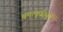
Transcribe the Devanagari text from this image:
चमत्कृतिपूर्ण